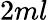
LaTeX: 2ml